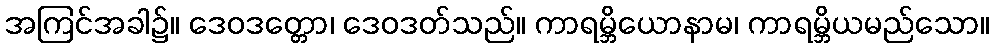
အကြင်အခါ၌။ ဒေဝဒတ္တော၊ ဒေဝဒတ်သည်။ ကာရမ္ဘိယောနာမ၊ ကာရမ္ဘိယမည်သော။